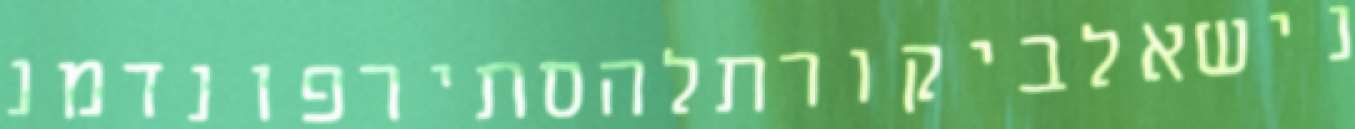
נישאלביקורתלהסתירפונדמנ